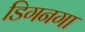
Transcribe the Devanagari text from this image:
डिगनगा